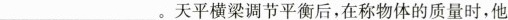
___。天平横梁调节平衡后，在称物体的质量时，他